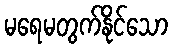
မရေမတွက်နိုင်သော